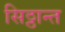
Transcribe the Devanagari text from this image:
सिठ्ठान्त